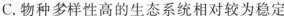
C.物种多样性高的生态系统相对较为稳定